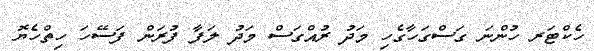
ހެކްޓަރ ހުންނަ ގަސްގަހާގެހި މަދު ރުއްގަސް މަދު ލަފާ ފުރަން ފަސޭހަ ހިތްހެޔޮ